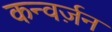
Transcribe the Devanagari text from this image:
कन्वर्ज़न